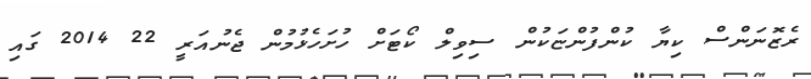
ރެޒޮނަންސް ކިޔާ ކުންފުންޏަކުން ސިވިލް ކޯޓަށް ހުށަހެޅުމުން ޖެނުއަރީ 22 2014 ގައި